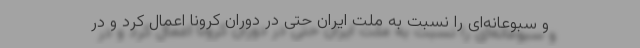
و سبوعانه‌ای را نسبت به ملت ایران حتی در دوران کرونا اعمال کرد و در